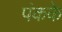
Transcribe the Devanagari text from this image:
पंकके